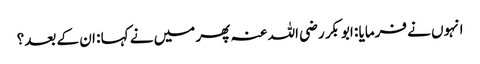
انہوں نے فرمایا : ابوبکر رضی اللہ عنہ پھر میں نے کہا : ان کے بعد؟